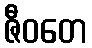
ဇီဝတေ